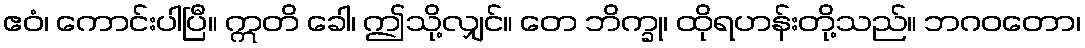
ဧဝံ၊ ကောင်းပါပြီ။ ဣတိ ခေါ၊ ဤသို့လျှင်။ တေ ဘိက္ခု၊ ထိုရဟန်းတို့သည်။ ဘဂဝတော၊